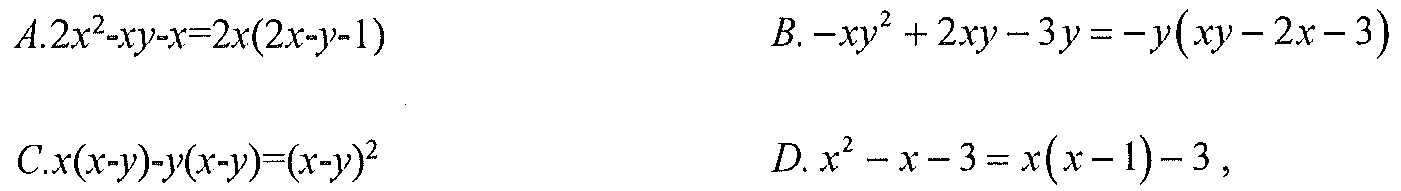
$A.2x^{2}-xy - x = 2x(2x - y - 1)$
$B.-xy^{2}+2xy - 3y=-y(xy - 2x - 3)$
$C.x(x - y)-y(x - y)=(x - y)^{2}$
$D.x^{2}-x - 3=x(x - 1)-3,$